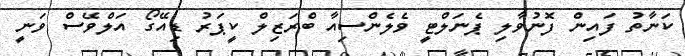
ކަނާތު ފައިން ފޮނުވާލި ޕެނަލްޓީ ވެލެންސިއާ ބްރަޒިލް ކީޕަރު ޑިއޭގޯ އަލްވޭސް ވަނީ